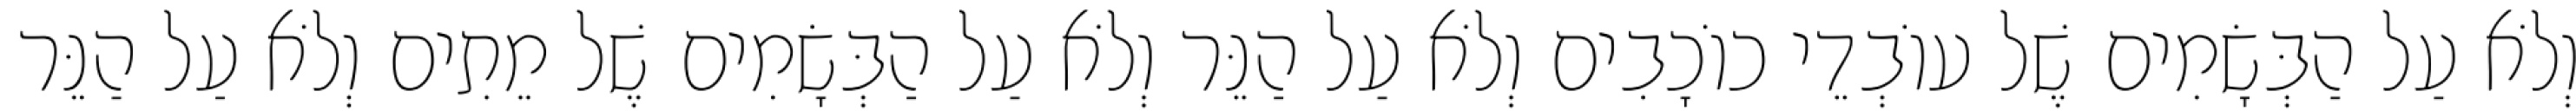
וְלֹא עַל הַבְּשָׂמִים שֶׁל עוֹבְדֵי כוֹכָבִים וְלֹא עַל הַנֵּר וְלֹא עַל הַבְּשָׂמִים שֶׁל מֵתִים וְלֹא עַל הַנֵּר